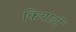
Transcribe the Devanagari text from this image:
कियार्डी